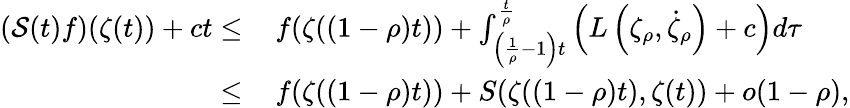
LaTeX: \begin{array}{rl}{(\mathcal S(t)f)(\zeta(t))+ct\le}&{\, f(\zeta((1-\rho)t))+\int_{\left(\frac 1\rho-1\right)t}^{\frac t\rho}\left(L\left(\zeta_{\rho},\dot{\zeta}_{\rho}\right)+c\right)d\tau}\\ {\le}&{\, f(\zeta((1-\rho)t))+S(\zeta((1-\rho)t),\zeta(t))+o(1-\rho),}\end{array}